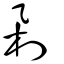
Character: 刴